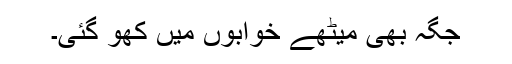
جگہ بھی میٹھے خوابوں میں کھو گئی۔